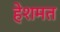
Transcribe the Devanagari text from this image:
हेशमत